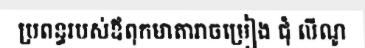
ប្រពន្ធរបស់ឪពុកមាតារាចម្រៀង ជុំ លីណូ